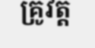
គ្រូវត្ត